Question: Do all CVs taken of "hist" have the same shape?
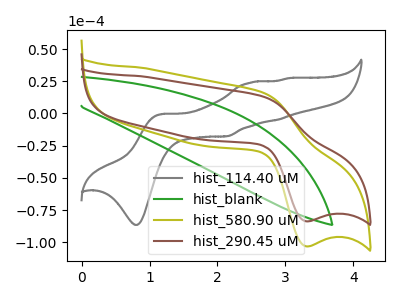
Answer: <think>The gray curve "hist_114.40 uM" has anodic peaks at (1.20V, -0.40uA) (2.50V, 24.00uA) (2.90V, -4.95uA) (3.05V, 27.35uA) and cathodic peaks at (0.80V, -86.55uA) (2.15V, -17.75uA). The green curve "hist_blank" has no peaks. The olive curve "hist_580.90 uM" has an anodic peak at (2.70V, 15.95uA) and a cathodic peak at (3.30V, -103.15uA). The brown curve "hist_290.45 uM" has an anodic peak at (2.70V, 12.95uA) and a cathodic peak at (3.30V, -83.75uA).
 "hist_114.40 uM" and "hist_blank" have a different number of peaks. "hist_114.40 uM" and "hist_580.90 uM" have a different number of peaks. "hist_114.40 uM" and "hist_290.45 uM" have a different number of peaks. "hist_blank" and "hist_580.90 uM" have a different number of peaks. "hist_blank" and "hist_290.45 uM" have a different number of peaks. All the peaks in "hist_580.90 uM" have a peak in "hist_290.45 uM" at the same potential. Every peak in "hist_580.90 uM" is higher than every peak in "hist_290.45 uM".</think>
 <answer>All the CV's of "hist" have similar shape.</answer>
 <eval>follow_rule</eval>